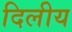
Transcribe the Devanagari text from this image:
दिलीय